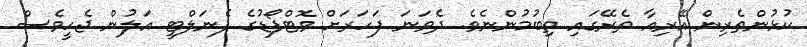
ކުޅުންތެރިން އޭރިއާ ތެރޭގައި ތިބުމުންނެވެ. ދެވަނަ ފަހަރަށް ވޮޓްފޯޑުގެ ޕެނަލްޓީ އަލުން ޖެހީވެސް